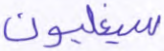
سيغلبون